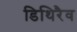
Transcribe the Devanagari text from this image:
डिथिरैव